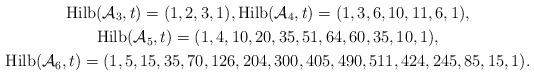
\begin{gather*} {\rm Hilb}({\cal A}_3,t)=(1,2,3,1), {\rm Hilb}({\cal A}_4,t)=(1,3,6,10,11,6,1),\\{\rm Hilb}({\cal A}_5,t)=(1,4,10,20,35,51,64,60,35,10,1),\\{\rm Hilb}({\cal A}_6,t)=(1,5,15,35,70,126,204,300,405,490,511,424,245,85,15,1).\end{gather*}